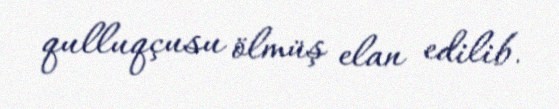
qulluqçusu ölmüş elan edilib.